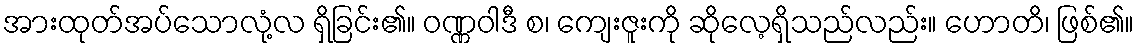
အားထုတ်အပ်သောလုံ့လ ရှိခြင်း၏။ ဝဏ္ဏဝါဒီ စ၊ ကျေးဇူးကို ဆိုလေ့ရှိသည်လည်း။ ဟောတိ၊ ဖြစ်၏။